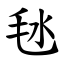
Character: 㲑